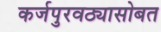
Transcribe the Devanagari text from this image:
कर्जपुरवठ्यासोबत